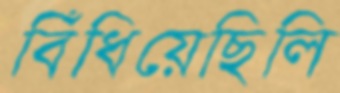
বিঁধিয়েছিলি